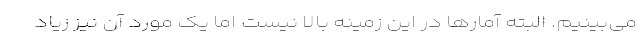
می‌بینیم. البته آمارها در این زمینه بالا نیست اما یک مورد آن نیز زیاد